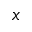
x